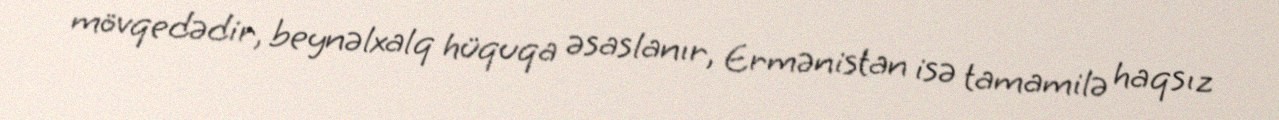
mövqedədir, beynəlxalq hüquqa əsaslanır, Ermənistan isə tamamilə haqsız